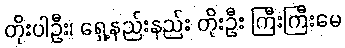
တိုးပါဦး၊ ရှေ့နည်းနည်း တိုးဦး ကြီးကြီးမေ